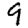
Digit: 9